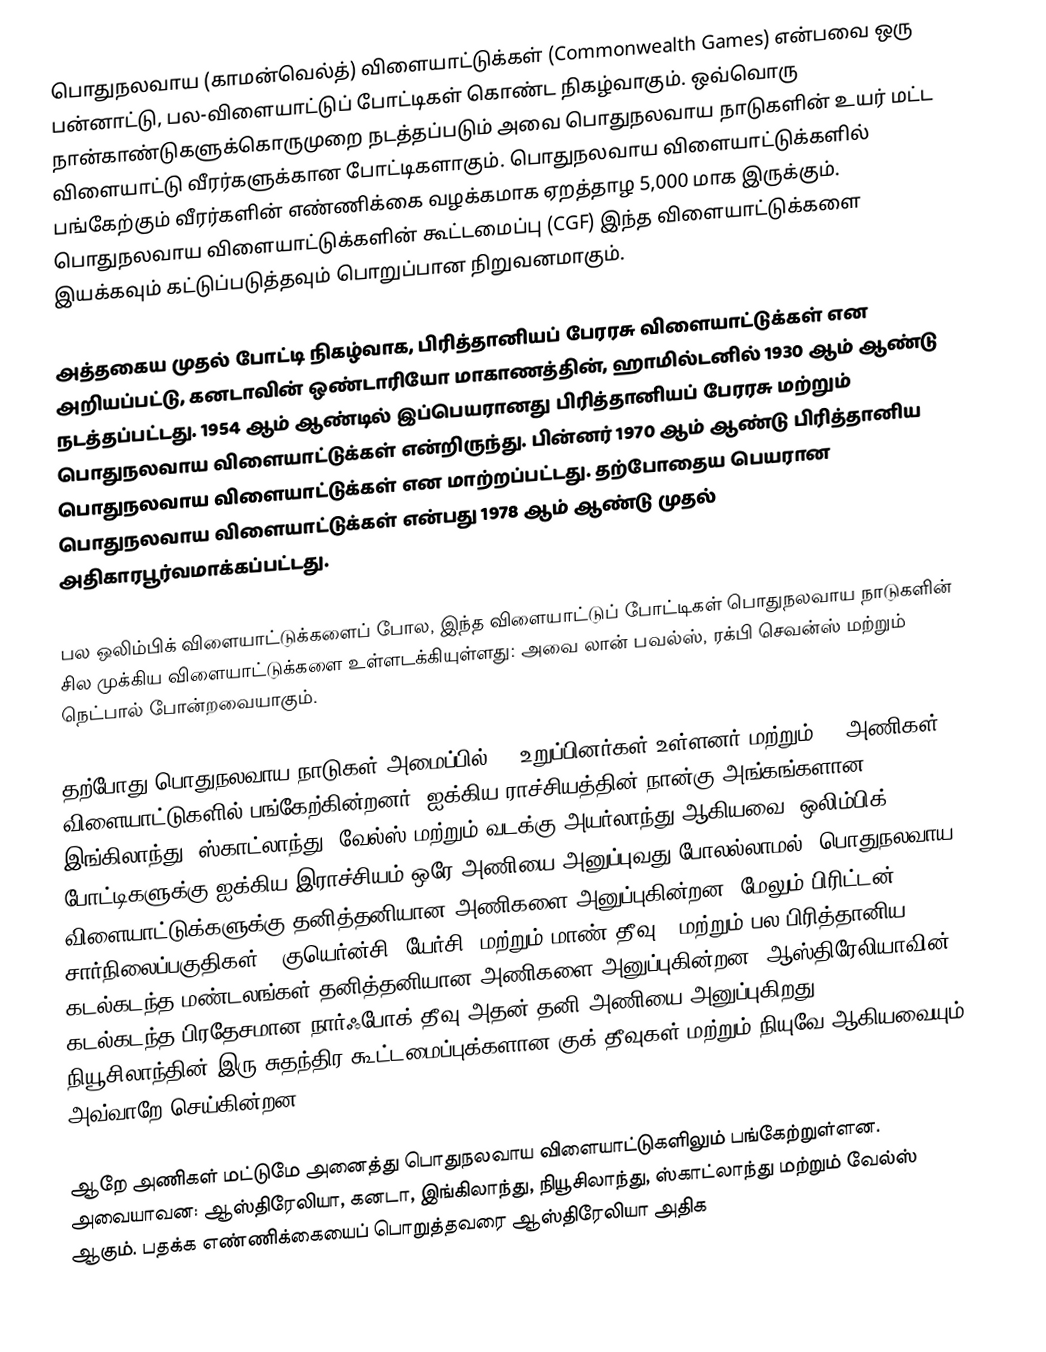
பொதுநலவாய (காமன்வெல்த்) விளையாட்டுக்கள் (Commonwealth Games) என்பவை ஒரு பன்னாட்டு, பல-விளையாட்டுப் போட்டிகள் கொண்ட நிகழ்வாகும். ஒவ்வொரு நான்காண்டுகளுக்கொருமுறை நடத்தப்படும் அவை பொதுநலவாய நாடுகளின் உயர் மட்ட விளையாட்டு வீரர்களுக்கான போட்டிகளாகும். பொதுநலவாய விளையாட்டுக்களில் பங்கேற்கும் வீரர்களின் எண்ணிக்கை வழக்கமாக ஏறத்தாழ 5,000 மாக இருக்கும். பொதுநலவாய விளையாட்டுக்களின் கூட்டமைப்பு (CGF) இந்த விளையாட்டுக்களை இயக்கவும் கட்டுப்படுத்தவும் பொறுப்பான நிறுவனமாகும்.

அத்தகைய முதல் போட்டி நிகழ்வாக, பிரித்தானியப் பேரரசு விளையாட்டுக்கள் என அறியப்பட்டு, கனடாவின் ஒண்டாரியோ மாகாணத்தின், ஹாமில்டனில் 1930 ஆம் ஆண்டு நடத்தப்பட்டது. 1954 ஆம் ஆண்டில் இப்பெயரானது பிரித்தானியப் பேரரசு மற்றும் பொதுநலவாய விளையாட்டுக்கள் என்றிருந்து. பின்னர் 1970 ஆம் ஆண்டு பிரித்தானிய பொதுநலவாய விளையாட்டுக்கள் என மாற்றப்பட்டது. தற்போதைய பெயரான பொதுநலவாய விளையாட்டுக்கள் என்பது 1978 ஆம் ஆண்டு முதல் அதிகாரபூர்வமாக்கப்பட்டது.

பல ஒலிம்பிக் விளையாட்டுக்களைப் போல, இந்த விளையாட்டுப் போட்டிகள் பொதுநலவாய நாடுகளின் சில முக்கிய விளையாட்டுக்களை உள்ளடக்கியுள்ளது: அவை லான் பவல்ஸ், ரக்பி செவன்ஸ் மற்றும் நெட்பால் போன்றவையாகும்.

தற்போது பொதுநலவாய நாடுகள் அமைப்பில் 54 உறுப்பினர்கள் உள்ளனர் மற்றும் 71 அணிகள் விளையாட்டுகளில் பங்கேற்கின்றனர். ஐக்கிய ராச்சியத்தின் நான்கு அங்கங்களான - இங்கிலாந்து, ஸ்காட்லாந்து, வேல்ஸ் மற்றும் வடக்கு அயர்லாந்து ஆகியவை (ஒலிம்பிக் போட்டிகளுக்கு ஐக்கிய இராச்சியம் ஒரே அணியை அனுப்புவது போலல்லாமல்) பொதுநலவாய விளையாட்டுக்களுக்கு தனித்தனியான அணிகளை அனுப்புகின்றன. மேலும் பிரிட்டன் சார்நிலைப்பகுதிகள் - குயெர்ன்சி, யேர்சி, மற்றும் மாண் தீவு - மற்றும் பல பிரித்தானிய கடல்கடந்த மண்டலங்கள் தனித்தனியான அணிகளை அனுப்புகின்றன. ஆஸ்திரேலியாவின் கடல்கடந்த பிரதேசமான நார்ஃபோக் தீவு அதன் தனி அணியை அனுப்புகிறது. நியூசிலாந்தின் இரு சுதந்திர கூட்டமைப்புக்களான குக் தீவுகள் மற்றும் நியுவே ஆகியவையும் அவ்வாறே செய்கின்றன.

ஆறே அணிகள் மட்டுமே அனைத்து பொதுநலவாய விளையாட்டுகளிலும் பங்கேற்றுள்ளன. அவையாவன: ஆஸ்திரேலியா, கனடா, இங்கிலாந்து, நியூசிலாந்து, ஸ்காட்லாந்து மற்றும் வேல்ஸ் ஆகும். பதக்க எண்ணிக்கையைப் பொறுத்தவரை ஆஸ்திரேலியா அதிக